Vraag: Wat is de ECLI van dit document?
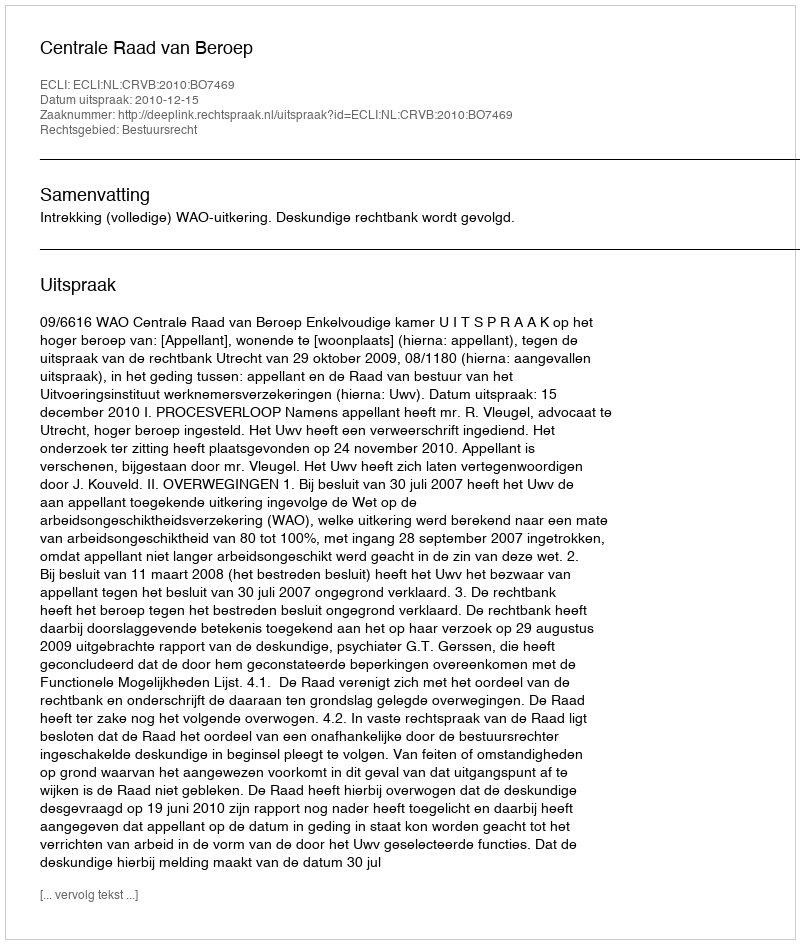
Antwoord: ECLI:NL:CRVB:2010:BO7469